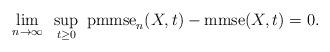
LaTeX: \begin{align*} \lim_{n\to \infty} ~ \sup_{t \ge 0} ~ \mathrm{pmmse}_n(X,t) - \mathrm{mmse}(X,t) = 0.\end{align*}